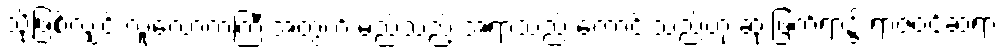
သို့ဖြစ်လျှင် လူ့လောကကြီးအတွက် မည်သည့် အရာသည် ကောင်းသည်ဟု ဆုံးဖြတ်ရာ၌ ရာဇဝင်ဆရာ